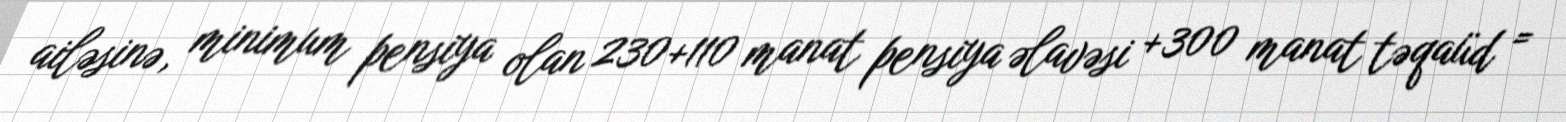
ailəsinə, minimum pensiya olan 230+110 manat pensiya əlavəsi +300 manat təqaüd =